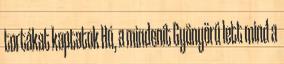
tortákat kaptatok Hú, a mindenit Gyönyörű lett mind a